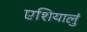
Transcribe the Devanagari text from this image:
एशियालुं